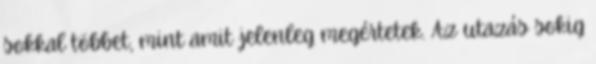
sokkal többet, mint amit jelenleg megértetek. Az utazás sokig